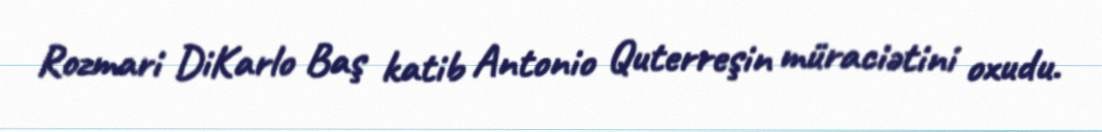
Rozmari DiKarlo Baş katib Antonio Quterreşin müraciətini oxudu.